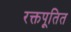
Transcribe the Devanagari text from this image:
रक्तपूतित